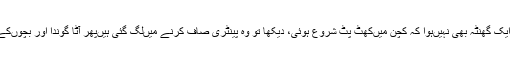
ابھی ان کو آئے ہوئے ایک گھنٹہ بھی نہیں‌ہوا کہ کچن میں‌کھٹ پٹ شروع ہوئی، دیکھا تو وہ پینٹری صاف کرنے میں‌لگ گئی ہیں‌پھر آٹا گوندا اور بچوں‌کے لئیے پراٹھے بنائے۔